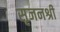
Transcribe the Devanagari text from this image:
सृजनश्री